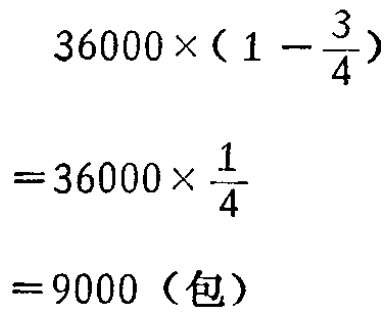
\[

\begin{align*}

&36000\times(1 - \frac{3}{4})\\

=&36000\times\frac{1}{4}\\

=&9000（包）

\end{align*}

\]